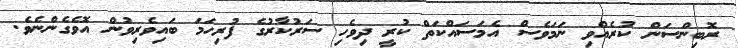
ރޮބިންސަން ކުރެއްވި ނަމަވެސް އެމަސައްކަތް ކުރީ ދިވެހި ސަރުކާރުގެ ފުރިހަމަ ބައިވެރިވުން އޮވެގެންނެވެ.